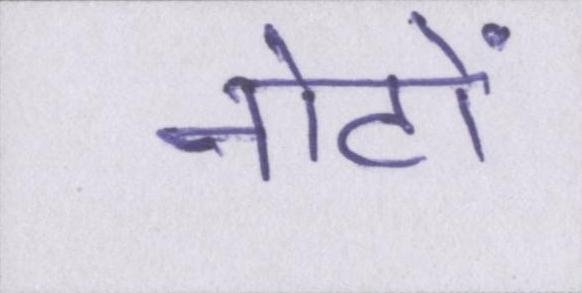
नोटों